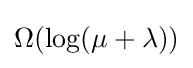
\Omega (\log(\mu +\lambda ))